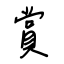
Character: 賞